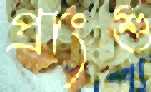
প্রাংশু